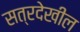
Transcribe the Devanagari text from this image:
सत्रदेखील